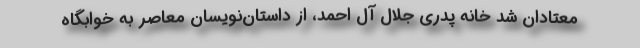
معتادان شد خانه پدری جلال آل احمد، از داستان‌نویسان معاصر به خوابگاه